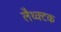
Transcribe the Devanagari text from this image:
लैथ्क्टक